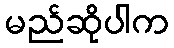
မည်ဆိုပါက